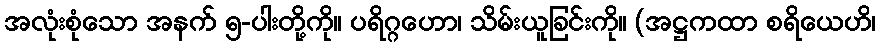
အလုံးစုံသော အနက် ၅-ပါးတို့ကို။ ပရိဂ္ဂဟော၊ သိမ်းယူခြင်းကို။ (အဋ္ဌကထာ စရိယေဟိ၊